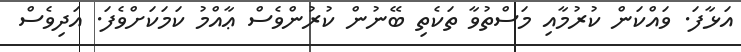
އަޅާފަ. ވައްކަން ކުރުމާއި މަސްތުވާ ތަކެތި ބޭނުން ކުރުންވެސް ޢާއްމު ކަމަކަށްވެފަ. އަދިވެސް